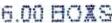
6.00 BOXS